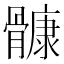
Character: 𲌑